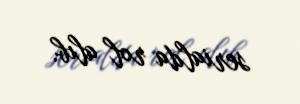
serialda rol alıb.